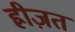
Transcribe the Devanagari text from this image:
ह्रीज़त